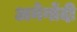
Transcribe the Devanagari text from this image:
अनेगोंदी